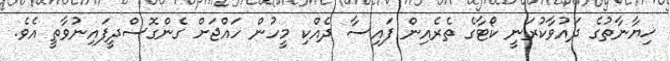
ޚިޔާނާތުގެ ދައުވާކުރަނީ ކޯޓާގެ ތެރެއިން ފައިސާ ދެއްކި މީހުން ހައްޖަށް ގެންގޮސްދީފައިނުވާތީ އެވެ.